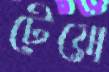
টেয়ো